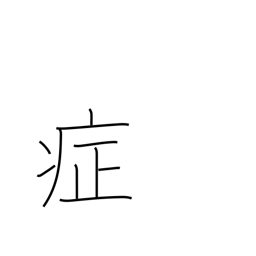
Meaning: symptoms